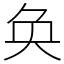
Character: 奂